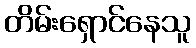
တိမ်းရှောင်နေသူ